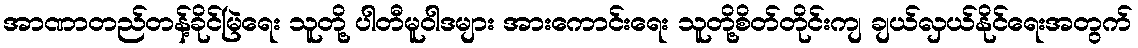
အာဏာတည်တန့်ခိုင်မြဲရေး သူတို့ ပါတီမူဝါဒများ အားကောင်းရေး သူတို့စိတ်တိုင်းကျ ချယ်လှယ်နိုင်ရေးအတွက်